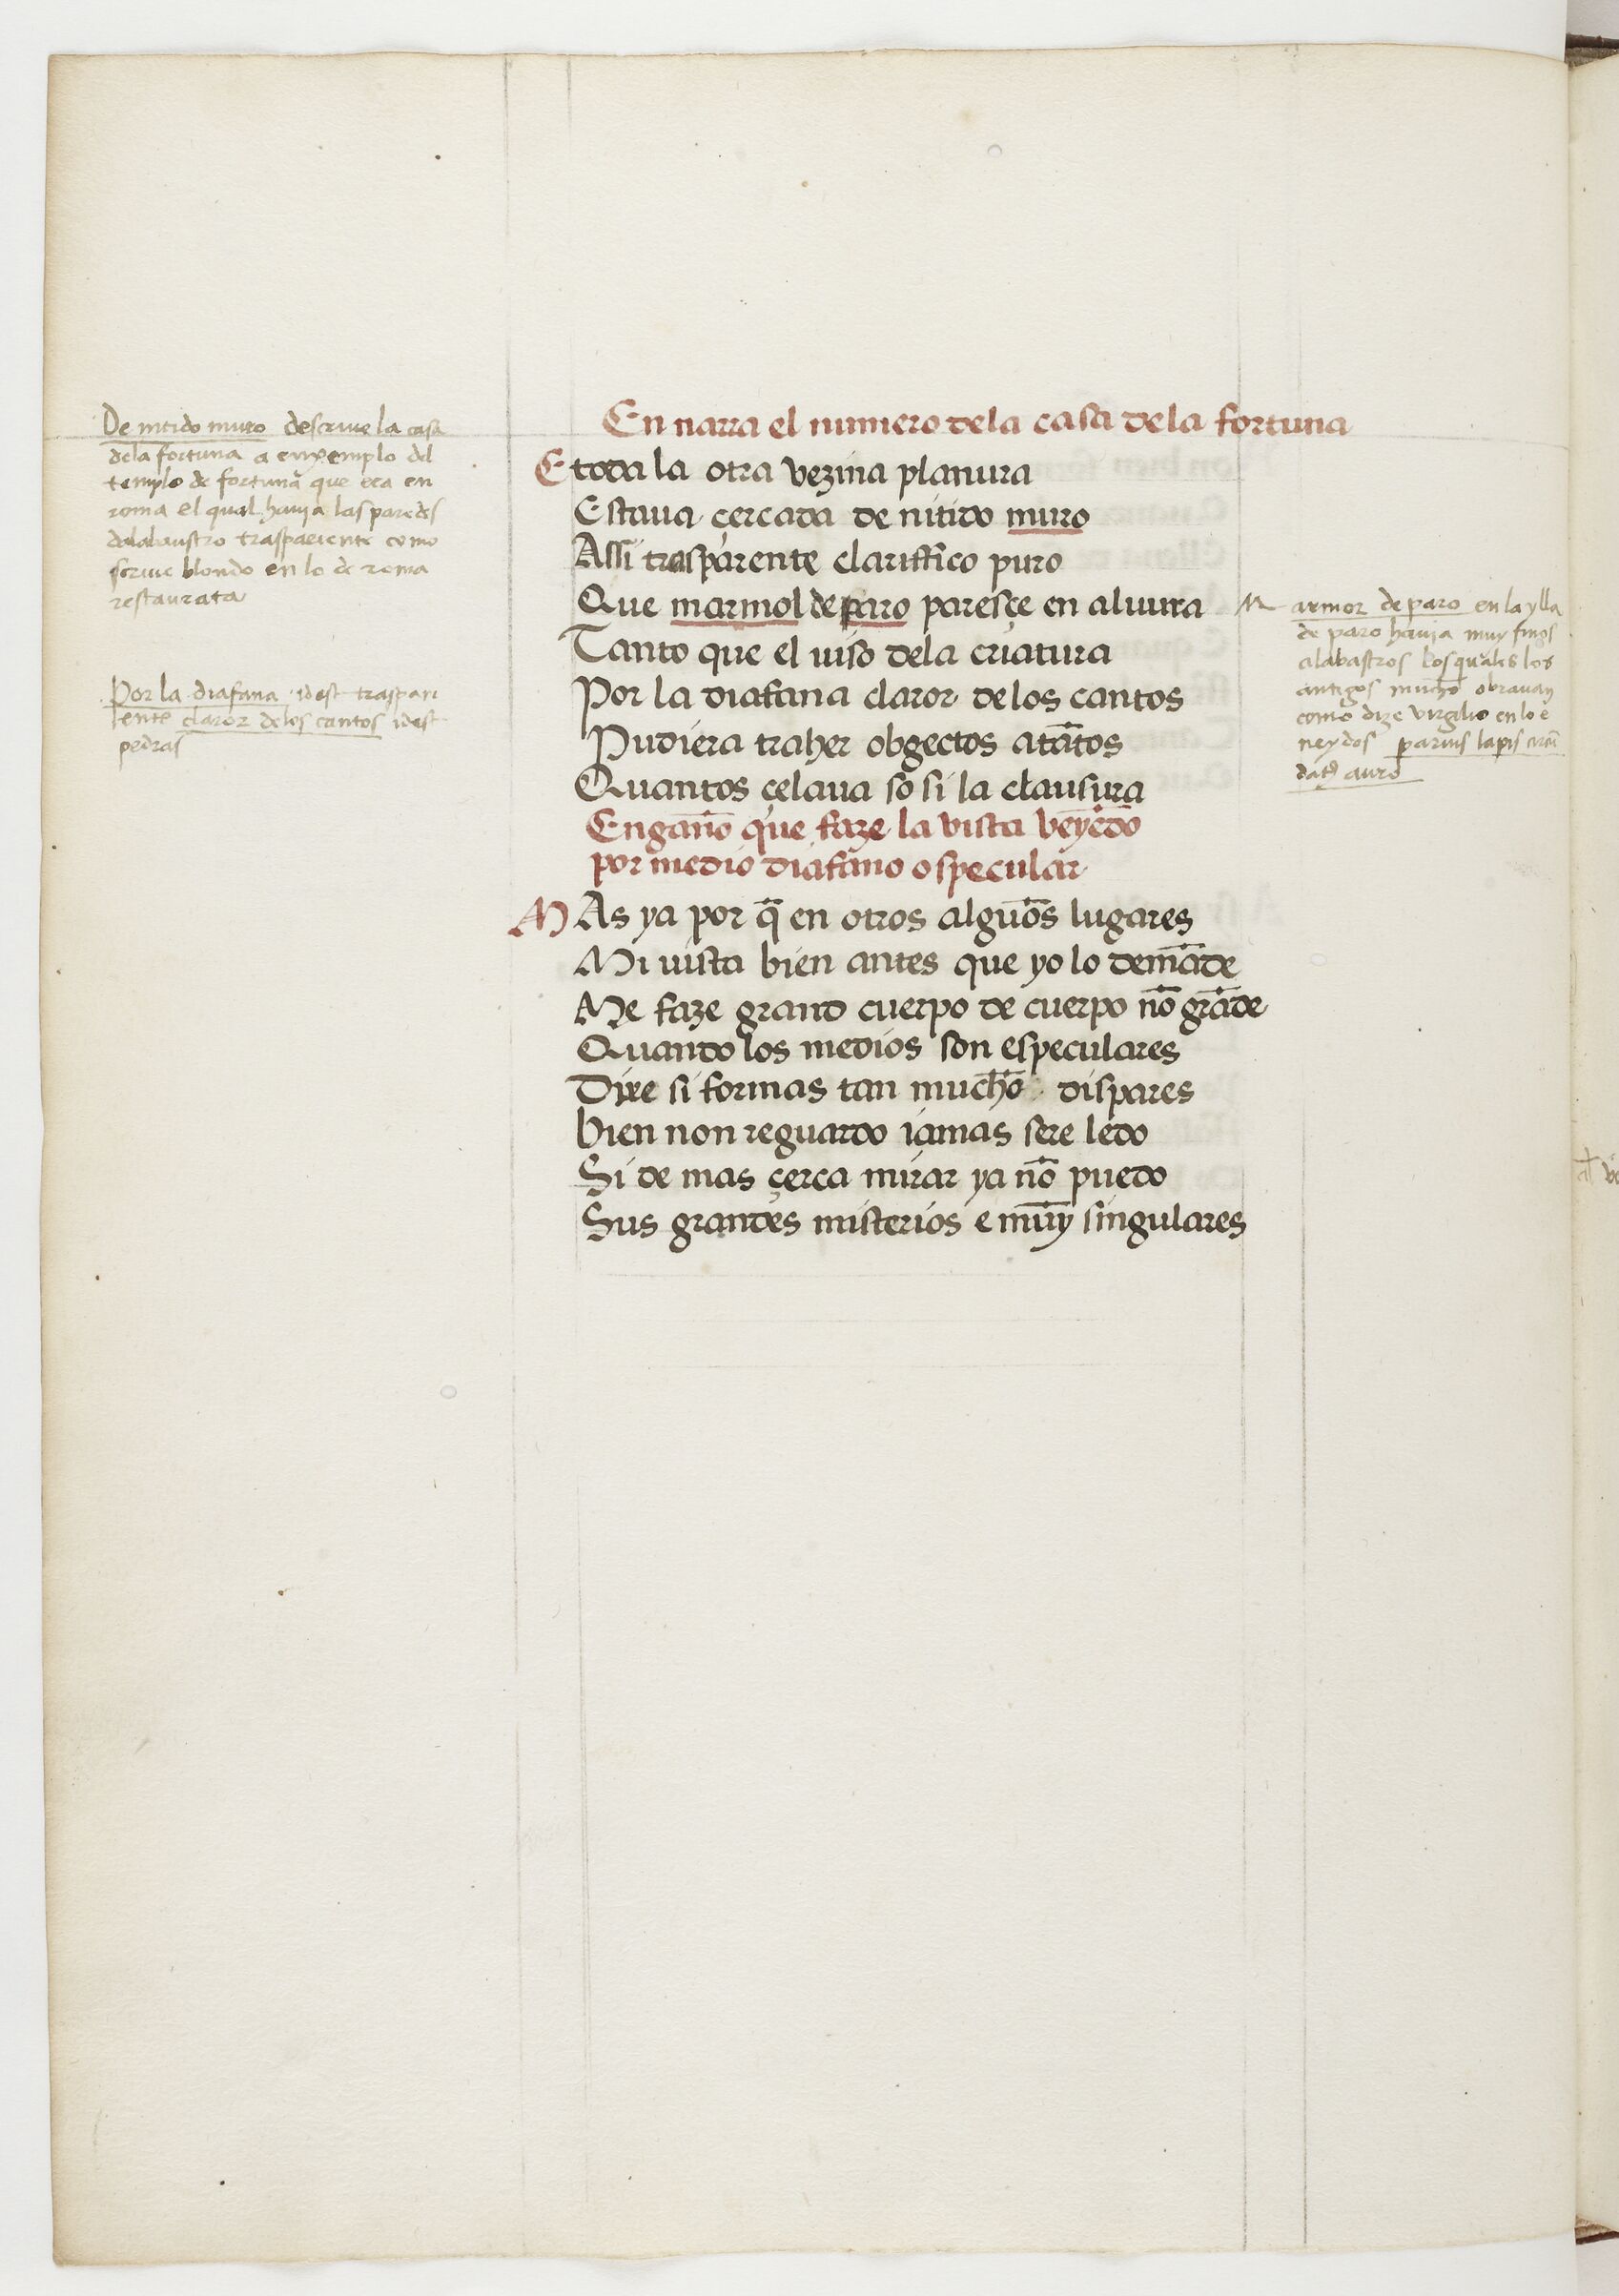
Shelfmark: Paris, BnF, esp. 229
Century: 15